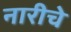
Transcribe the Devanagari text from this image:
नारीचे